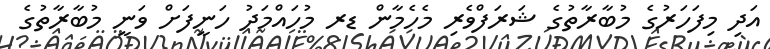
އަދި މިފަހަރުގެ މުބާރާތުގެ ޝަރަފްވެރި މެހެމާން ޑރ މުހައްމަދު ހަނީފަށް ވަނީ މުބާރާތުގެ